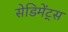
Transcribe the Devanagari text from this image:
सेडिमेंट्स